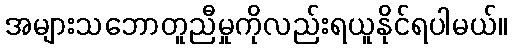
အများသဘောတူညီမှုကိုလည်းရယူနိုင်ရပါမယ်။